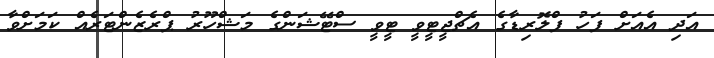
އަދި އެއަށް ފަހު ފްލޮރިޑާގެ އެޗްޖީޓީވީ ޓީވީ ސްޓޭޝަންގެ މަޝްހޫރު ޕްރެޒެންޓަރެއް ކަމަށްވާ